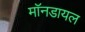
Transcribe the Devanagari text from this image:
मॉनडायल